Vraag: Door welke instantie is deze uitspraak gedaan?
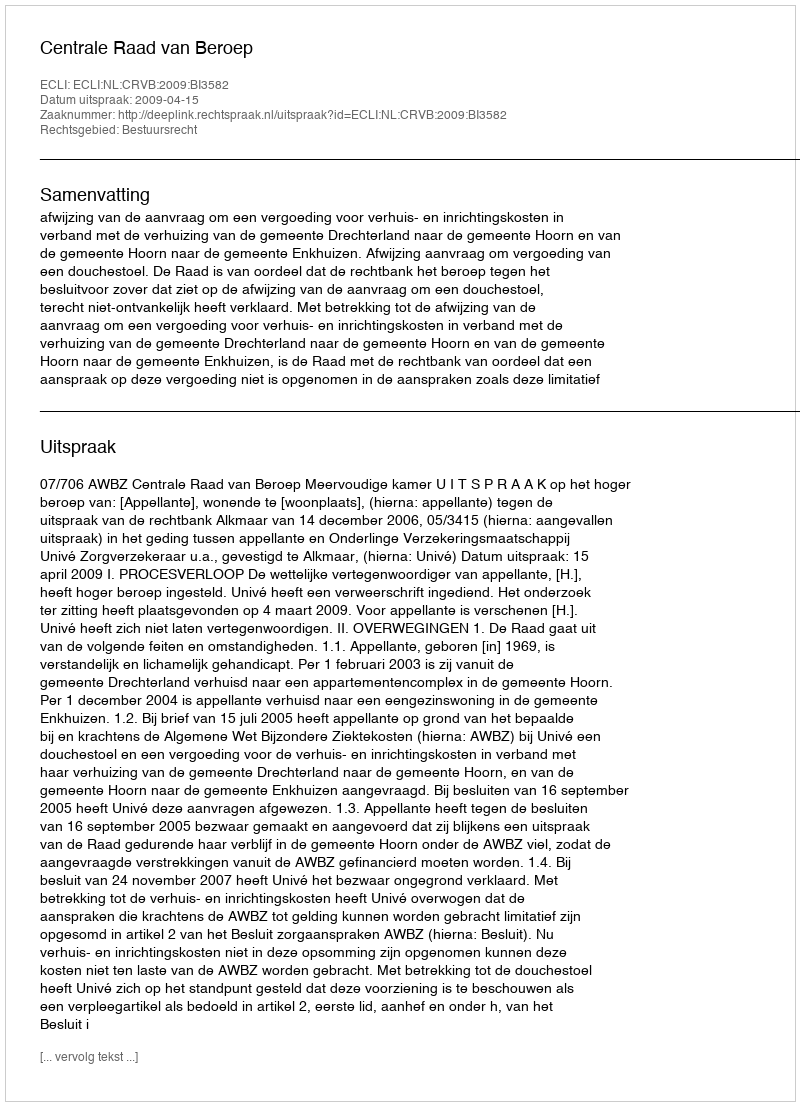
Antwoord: Centrale Raad van Beroep